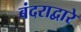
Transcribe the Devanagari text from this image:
बंदराद्वारे